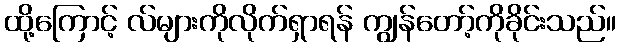
ထို့ကြောင့် လ်များကိုလိုက်ရှာရန် ကျွန်တော့်ကိုခိုင်းသည်။